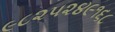
૯૮૨૫૨૪૯૧૬૮